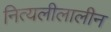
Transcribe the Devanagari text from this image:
नित्यलीलालीन